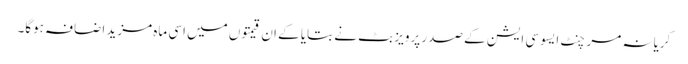
کریانہ مرچنٹ ایسوسی ایشن کے صدر پرویز بٹ نے بتایا کے ان قیمتوں میں اسی ماہ مزید اضافہ ہوگا۔